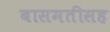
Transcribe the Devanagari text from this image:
बासमतीसह